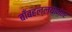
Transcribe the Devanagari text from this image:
बाँबहल्ल्यानंतर